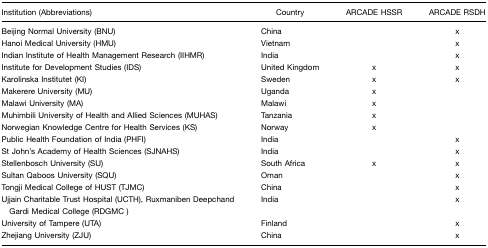
<table><thead><tr><td><b>Institution (Abbreviations)</b></td><td><b>Country</b></td><td><b>ARCADE HSSR</b></td><td><b>ARCADE RSDH</b></td></tr></thead><tbody><tr><td>Beijing Normal University (BNU)</td><td>China</td><td></td><td>x</td></tr><tr><td>Hanoi Medical University (HMU)</td><td>Vietnam</td><td></td><td>x</td></tr><tr><td>Indian Institute of Health Management Research (IIHMR)</td><td>India</td><td></td><td>x</td></tr><tr><td>Institute for Development Studies (IDS)</td><td>United Kingdom</td><td>x</td><td>x</td></tr><tr><td>Karolinska Institutet (KI)</td><td>Sweden</td><td>x</td><td>x</td></tr><tr><td>Makerere University (MU)</td><td>Uganda</td><td>x</td><td></td></tr><tr><td>Malawi University (MA)</td><td>Malawi</td><td>x</td><td></td></tr><tr><td>Muhimbili University of Health and Allied Sciences (MUHAS)</td><td>Tanzania</td><td>x</td><td></td></tr><tr><td>Norwegian Knowledge Centre for Health Services (KS)</td><td>Norway</td><td>x</td><td></td></tr><tr><td>Public Health Foundation of India (PHFI)</td><td>India</td><td></td><td>x</td></tr><tr><td>St John&#x27;s Academy of Health Sciences (SJNAHS)</td><td>India</td><td></td><td>x</td></tr><tr><td>Stellenbosch University (SU)</td><td>South Africa</td><td>x</td><td>x</td></tr><tr><td>Sultan Qaboos University (SQU)</td><td>Oman</td><td></td><td>x</td></tr><tr><td>Tongji Medical College of HUST (TJMC)</td><td>China</td><td></td><td>x</td></tr><tr><td>Ujjain Charitable Trust Hospital (UCTH), Ruxmaniben Deepchand Gardi Medical College (RDGMC )</td><td>India</td><td></td><td>x</td></tr><tr><td>University of Tampere (UTA)</td><td>Finland</td><td></td><td>x</td></tr><tr><td>Zhejiang University (ZJU)</td><td>China</td><td></td><td>x</td></tr></tbody></table>